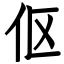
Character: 伛